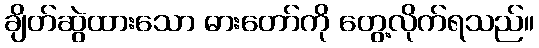
ချိတ်ဆွဲထားသော ဓားတော်ကို တွေ့လိုက်ရသည်။